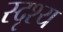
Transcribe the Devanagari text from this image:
स्दृश्य